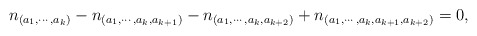
\begin{align*}n_{(a_1,\cdots,a_k)}-n_{(a_1,\cdots,a_k,a_{k+1})}-n_{(a_1,\cdots,a_k,a_{k+2})}+n_{(a_1,\cdots,a_k,a_{k+1},a_{k+2})}=0,\end{align*}